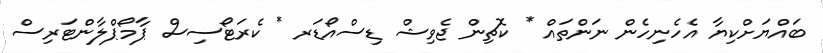
ބައްޔަށްކިޔާ އެހެނިހެން ނަންތައް * ކޮޗިން ޖެވިޝް ޑިސްއޯޑަރ * ކެރަޓޯސިސް ޕާމޯޕްލާންޓަރިސް